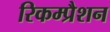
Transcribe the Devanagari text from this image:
रिकम्प्रैशन